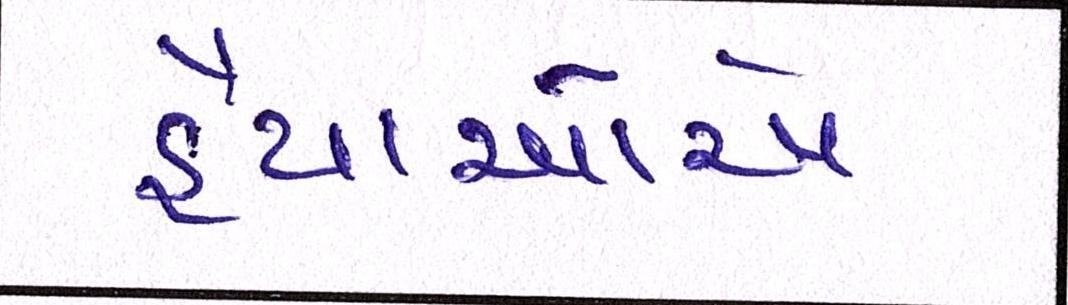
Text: હૈયાઓએ